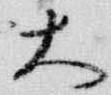
大